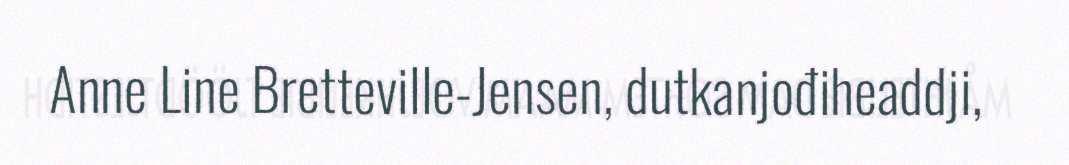
Anne Line Bretteville-Jensen, dutkanjođiheaddji,